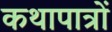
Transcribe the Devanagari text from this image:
कथापात्रों